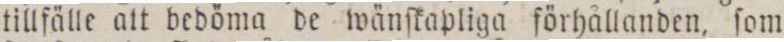
tillfälle att bedöma de wänſkapliga förhållanden, ſom